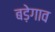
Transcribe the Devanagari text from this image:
बड़ेगाव